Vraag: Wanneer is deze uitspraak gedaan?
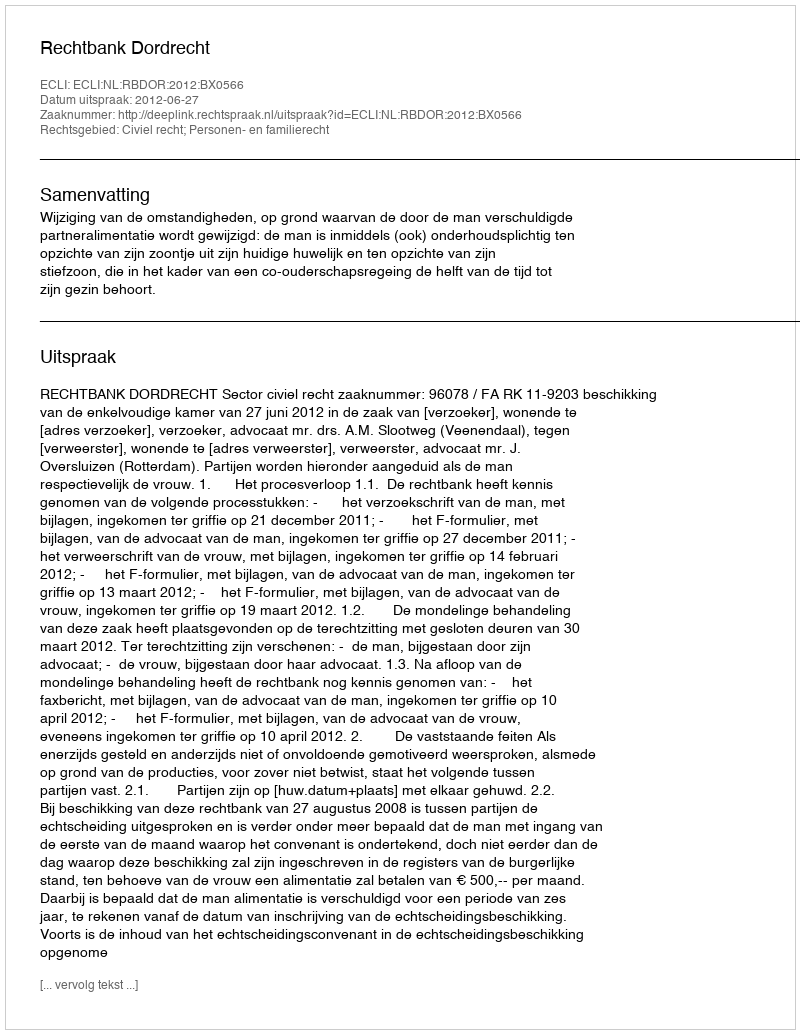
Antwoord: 2012-06-27